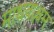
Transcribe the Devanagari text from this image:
माधवाश्लम